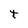
Character: t